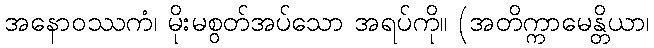
အနောဝဿကံ၊ မိုးမစွတ်အပ်သော အရပ်ကို။ (အတိက္ကာမေန္တိယာ၊